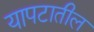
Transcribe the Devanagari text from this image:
यापटातील